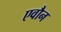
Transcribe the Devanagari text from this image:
एवौन